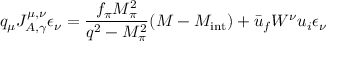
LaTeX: q _ { \mu } J _ { A , \gamma } ^ { \mu , \nu } \epsilon _ { \nu } = \frac { f _ { \pi } M _ { \pi } ^ { 2 } } { q ^ { 2 } - M _ { \pi } ^ { 2 } } ( { \cal M } - { \cal M } _ { \mathrm { i n t } } ) + \bar { u } _ { f } { \cal W ^ { \nu } } u _ { i } \epsilon _ { \nu }